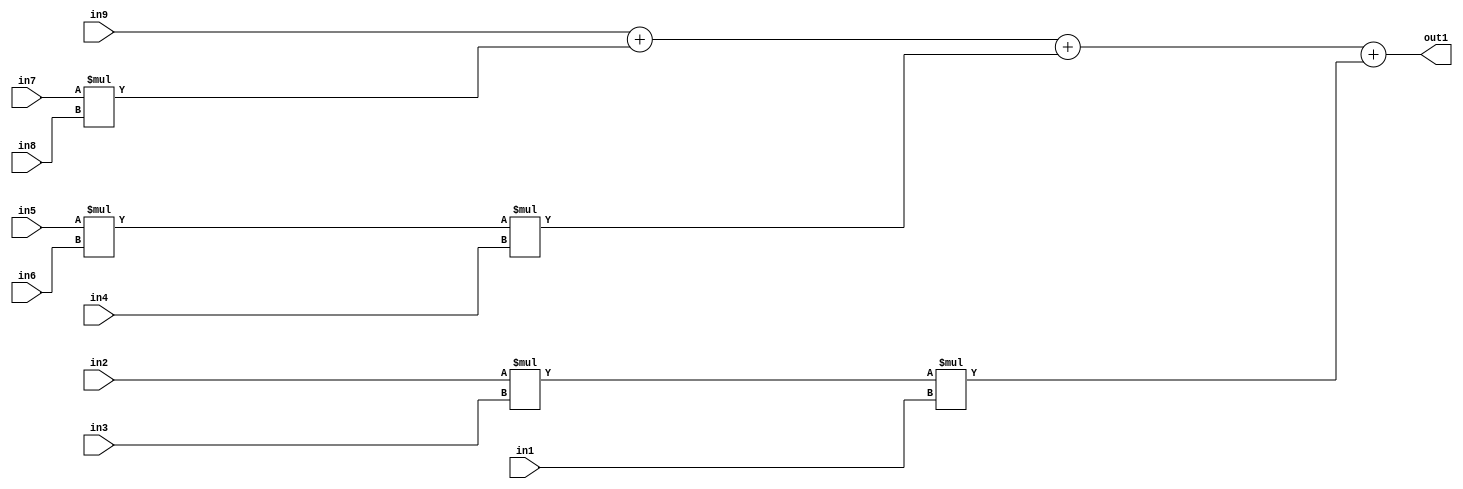
`timescale 1ps / 1ps
/*****************************************************************************
    Verilog RTL Description
    
    
    Created by: Stratus DpOpt 2019.1.01 
*******************************************************************************/

module st_weight_addr_gen_Add4Mul3u16u16u16Mul3u16u16u16Mul2u16u16u16_4_7 (
	in9,
	in8,
	in7,
	in6,
	in5,
	in4,
	in3,
	in2,
	in1,
	out1
	); /* architecture "behavioural" */ 
input [15:0] in9,
	in8,
	in7,
	in6,
	in5,
	in4,
	in3,
	in2,
	in1;
output [31:0] out1;
wire [31:0] asc001,
	asc002,
	asc003;

assign asc002 = 
	+(in5 * in6);

assign asc003 = 
	+(in2 * in3);

wire [31:0] asc001_tmp_0;
wire [31:0] asc001_tmp_1;
wire [31:0] asc001_tmp_2;
assign asc001_tmp_2 = 
	+(in9);
assign asc001_tmp_1 = asc001_tmp_2
	+(in7 * in8);
assign asc001_tmp_0 = asc001_tmp_1
	+(asc002 * in4);
assign asc001 = asc001_tmp_0
	+(asc003 * in1);

assign out1 = asc001;
endmodule

/* CADENCE  vbXwSwE= : u9/ySgnWtBlWxVPRXgAZ4Og= ** DO NOT EDIT THIS LINE ******/